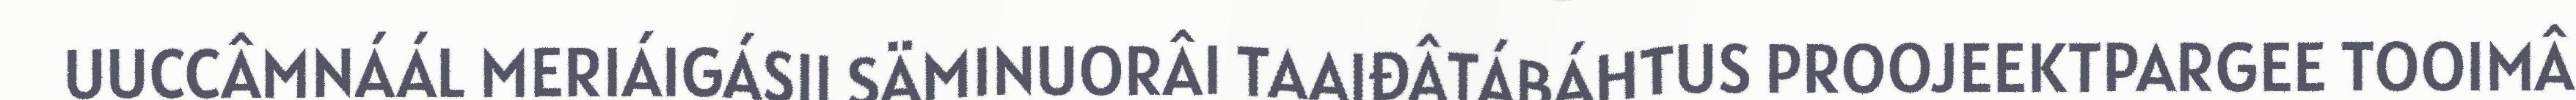
UUCCÂMNÁÁL MERIÁIGÁSII SÄMINUORÂI TAAIĐÂTÁBÁHTUS PROOJEEKTPARGEE TOOIMÂ